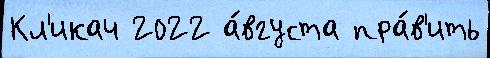
Кл'икач 2022 а́вгуста пра́в'ить